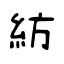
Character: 紡